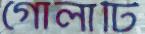
গোলাটি